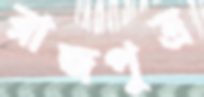
রাজপুত্র